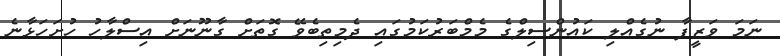
ނަމަ ވަޒީފާ ނުގެއްލި ކައުންސިލްގެ މެމްބަރުކަމުގައި ދެމިތިބެވޭ ގޮތަށް ގާނޫނަށް އިސްލާހު ހުށަހަޅާނެ